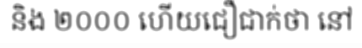
និង ២០០០ ហើយជឿជាក់ថា នៅ